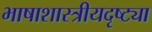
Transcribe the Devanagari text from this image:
भाषाशास्त्रीयदृष्ट्या